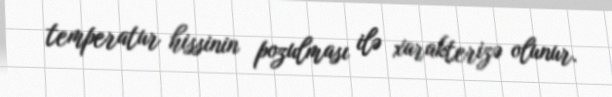
temperatur hissinin pozulması ilə xarakterizə olunur.